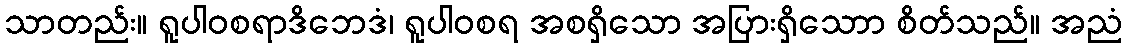
သာတည်း။ ရူပါဝစရာဒိဘေဒံ၊ ရူပါဝစရ အစရှိသော အပြားရှိသောာ စိတ်သည်။ အညံ